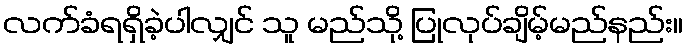
လက်ခံရရှိခဲ့ပါလျှင် သူ မည်သို့ ပြုလုပ်ချိမ့်မည်နည်း။